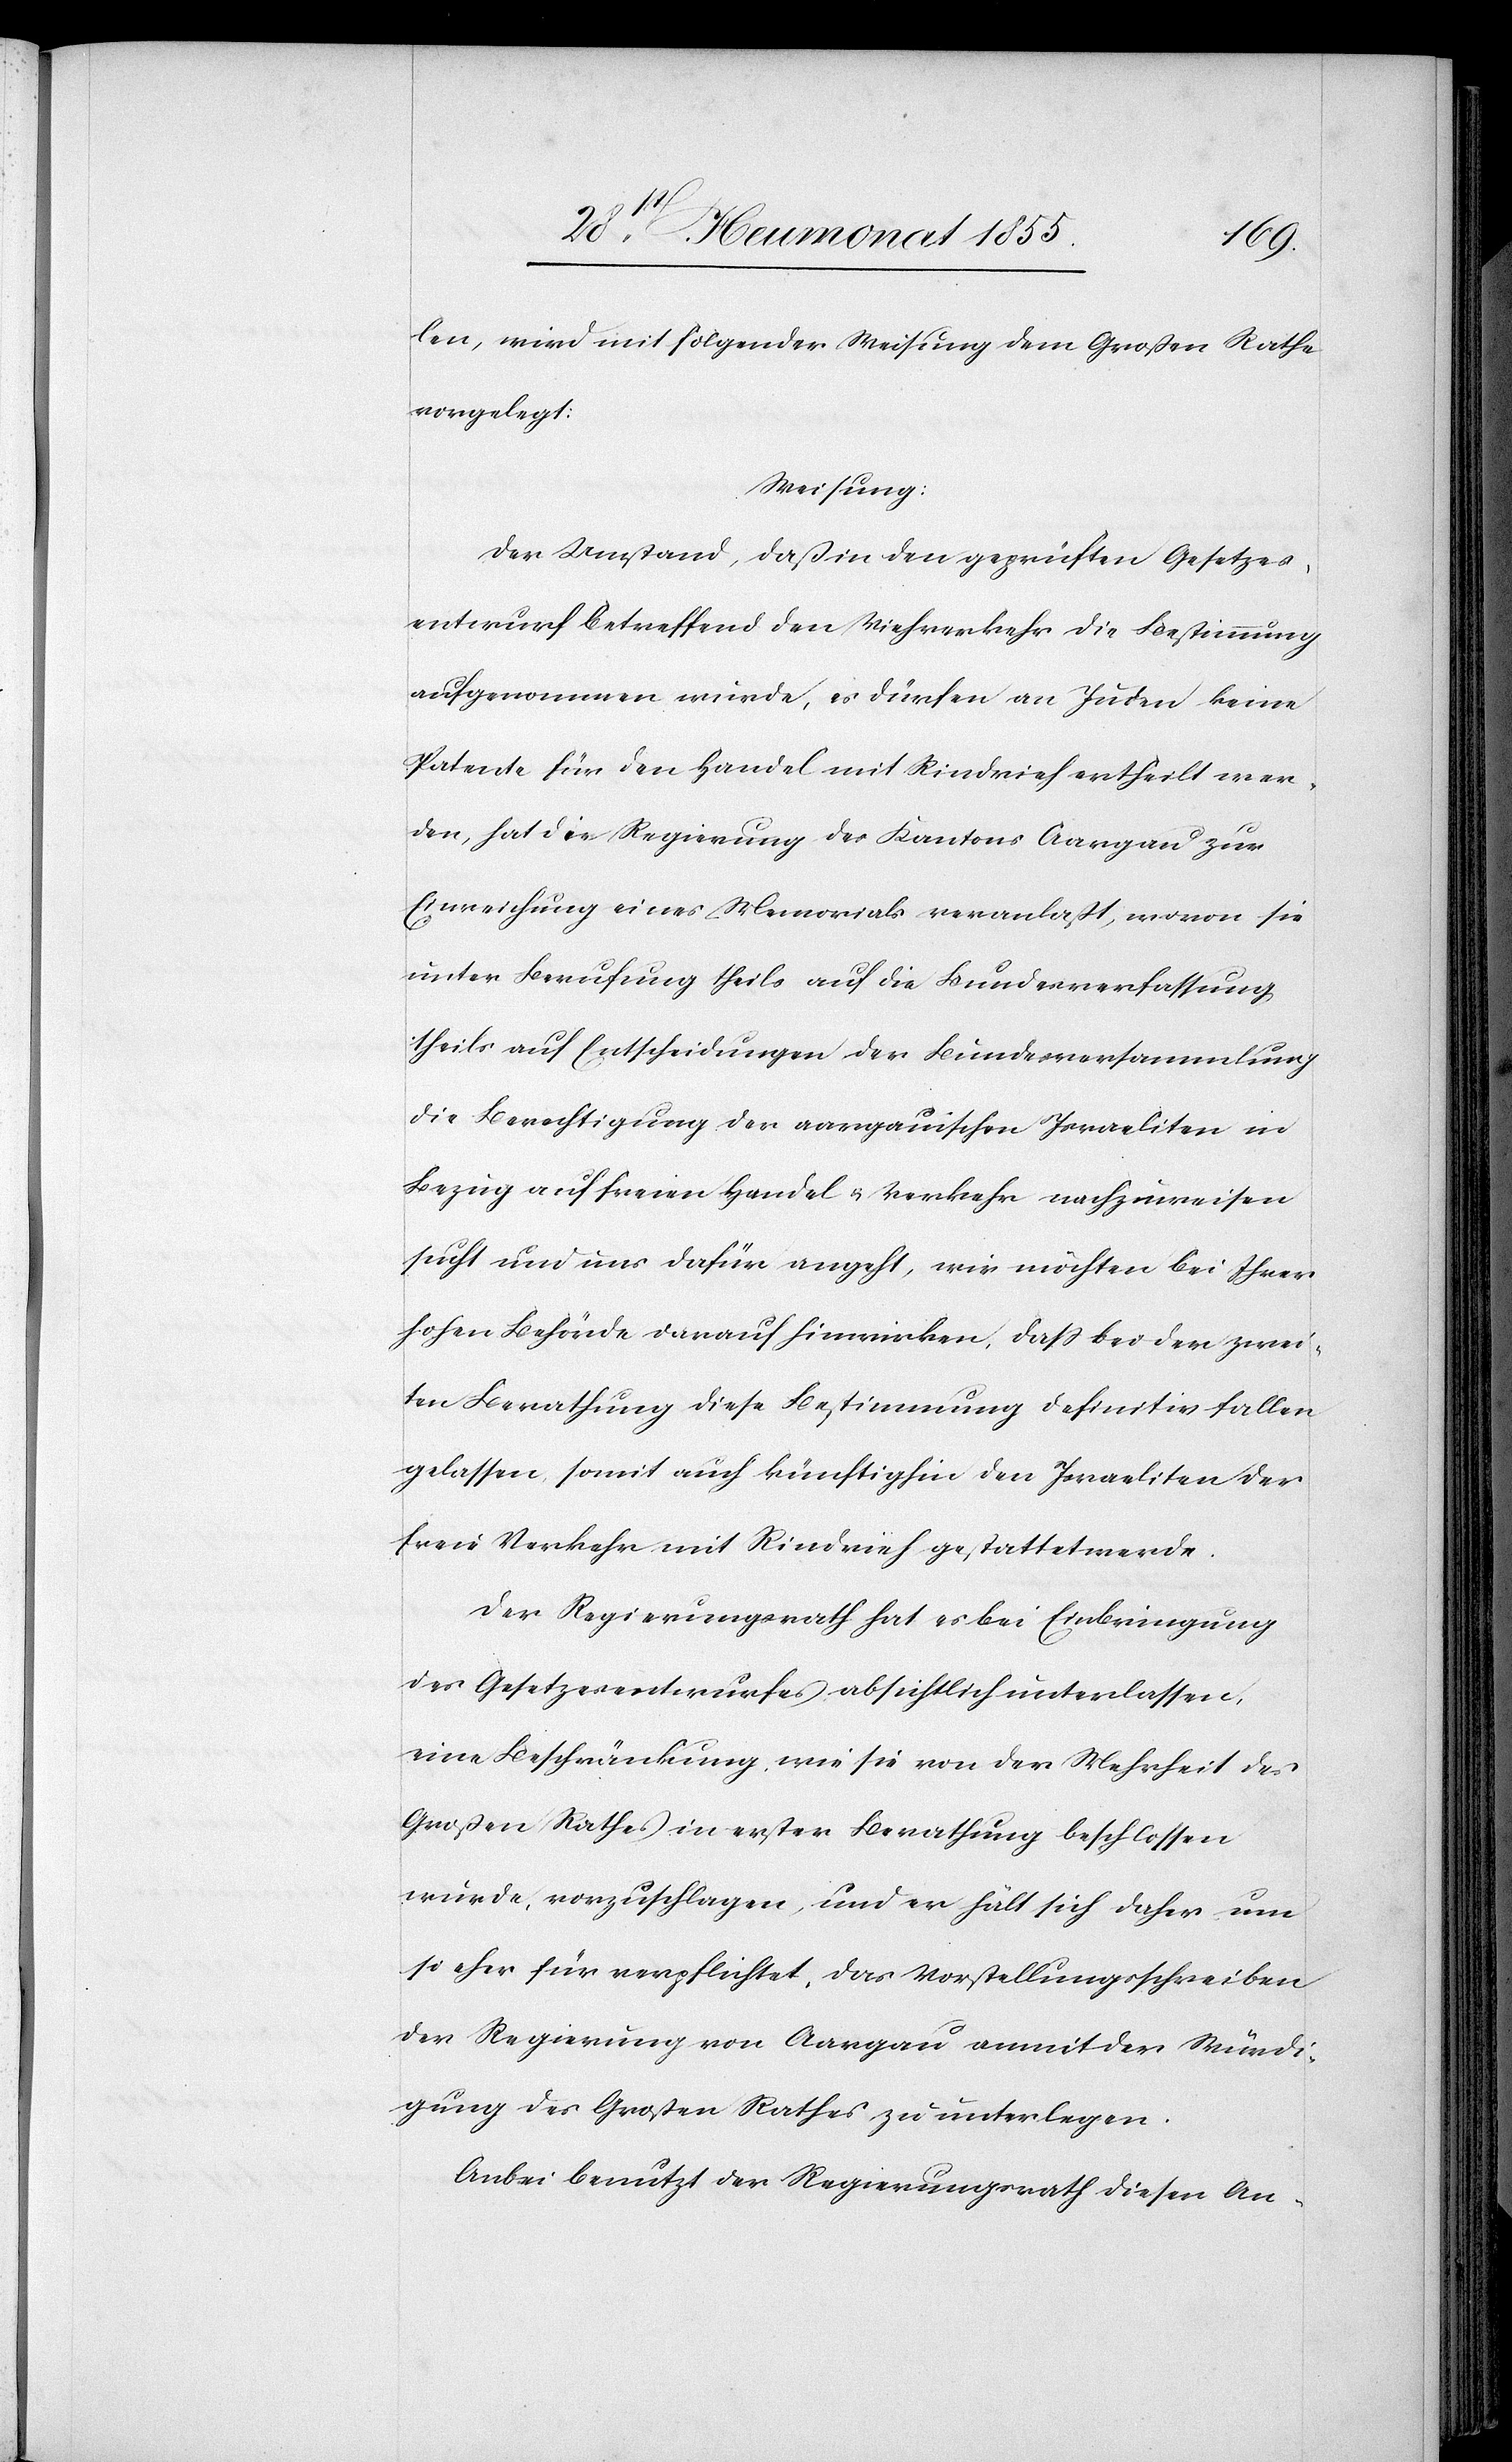
len, wird mit folgender Weisung dem Großen Rathe
vorgelegt:
Weisung.
Der Umstand, daß in den geprüften Gesetzes¬
entwurf betreffend den Viehverkehr die Bestimmung
aufgenommen wurde, es dürfen an Juden keine
Patente für den Handel mit Rindvieh ertheilt wer¬
den, hat die Regierung des Kantons Aargau zur
Einreichung eines Memorials veranlaßt, wovon sie
unter Berufung theils auf die Bundesverfassung,
theils auf Entscheidungen der Bundesversammlung
die Berechtigung der aargauischen Israeliten in
Bezug auf freien Handel & Verkehr nachzuweisen
sucht und uns dafür angeht, wir möchten bei Ihrer
hohen Behörde darauf hinwirken, dass bei der zwei¬
ten Berathung diese Bestimmung definitiv fallen
gelassen, somit auch künftighin den Israeliten der
freie Verkehr mit Rindvieh gestattet werde.
Der Regierungsrath hat es bei Einbringung
des Gesetzesentwurfes absichtlich unterlassen,
eine Beschränkung, wie sie von der Mehrheit des
Großen Rathes in erster Berathung beschlossen
wurde, vorzuschlagen, und er hält sich daher um
so eher für verpflichtet, das Vorstellungsschreiben
der Regierung von Aargau anmit der Würdi¬
gung des Großen Rathes zu unterlegen.
Anbei benutzt der Regierungsrath diesen An-